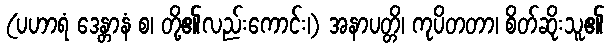
(ပဟာရံ ဒေန္တာနံ စ၊ တို့၏လည်းကောင်း၊) အနာပတ္တိ၊ ကုပိတတာ၊ စိတ်ဆိုးသူ၏